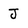
Character: J